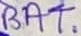
Text: BAT.